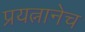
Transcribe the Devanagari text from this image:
प्रयत्नानेच